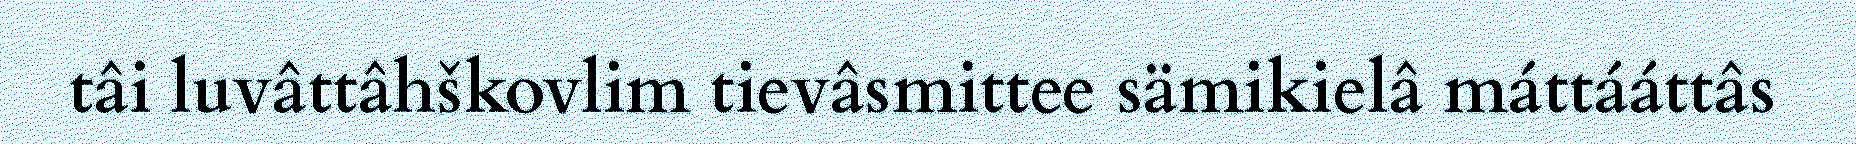
tâi luvâttâhškovlim tievâsmittee sämikielâ máttááttâs